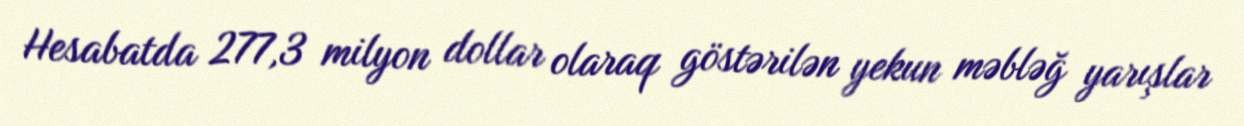
Hesabatda 277,3 milyon dollar olaraq göstərilən yekun məbləğ yarışlar